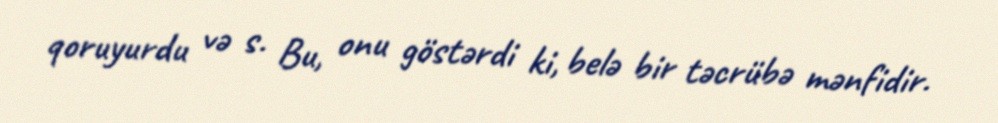
qoruyurdu və s. Bu, onu göstərdi ki, belə bir təcrübə mənfidir.